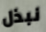
نبذل